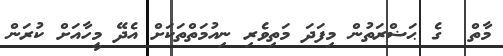
މާތް  ގެ ޙަޟްރަތުން މިފަދަ މަތިވެރި ނިއުމަތްތަކަށް އެދޭ މީހާއަށް ކުރަން